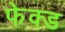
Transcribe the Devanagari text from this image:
फेक्ड